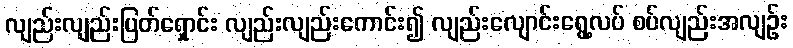
လျည်းလျည်းပြတ်ရှောင်း လျည်းလျည်းကောင်း၍ လျည်းလျောင်းရွေ့လပ် စပ်လျည်းအလျဉ်း